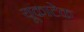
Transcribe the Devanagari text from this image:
यूकाटेक